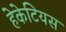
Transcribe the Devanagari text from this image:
हेकेटियस